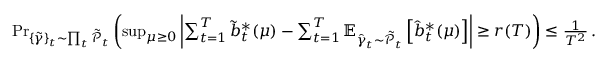
\begin{array} { r } { \operatorname* { P r } _ { \{ \tilde { \gamma } \} _ { t } \sim \prod _ { t } \tilde { \mathcal { P } } _ { t } } \left( \operatorname* { s u p } _ { \mu \geq 0 } \left| \sum _ { t = 1 } ^ { T } \tilde { b } _ { t } ^ { * } ( \mu ) - \sum _ { t = 1 } ^ { T } \mathbb { E } _ { \hat { \gamma } _ { t } \sim \tilde { \mathcal { P } } _ { t } } \left[ \hat { b } _ { t } ^ { * } ( \mu ) \right] \right| \geq r ( T ) \right) \leq \frac { 1 } { T ^ { 2 } } \, . } \end{array}